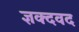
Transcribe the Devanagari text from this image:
ज्ञक्दवद